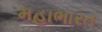
મહાભારત